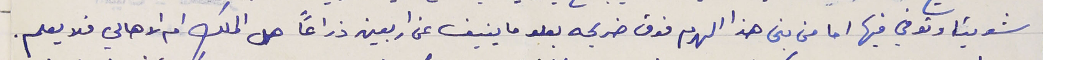
شويتا وتوفي فيها اما من بنى هذا الهرم فوق ضريحه يعلو ما ينيف عن أربعين ذراعًا هل الملك ام الاهالي فلا يعلم .